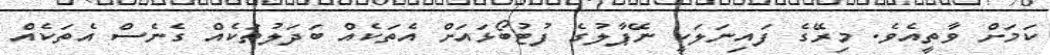
ކަމަށް ވާތީއެވެ. މިރޭގެ ފައިނަލަކީ ނޭޕާލުގެ ފުޓުބޯޅައަށް އެތަކެއް ބަދަލުތަކެއް ގެނެސް އެތަކެއް